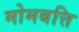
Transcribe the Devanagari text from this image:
मोमबत्ति